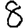
Digit: 8